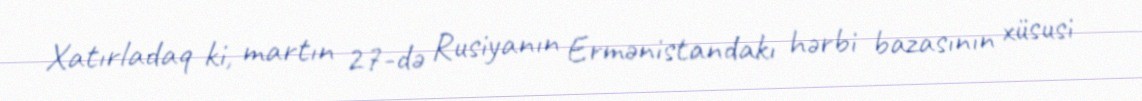
Xatırladaq ki, martın 27-də Rusiyanın Ermənistandakı hərbi bazasının xüsusi